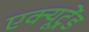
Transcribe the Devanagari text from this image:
एक्यूट्रेंड